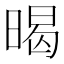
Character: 暍